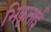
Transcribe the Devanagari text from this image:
भिकूताई